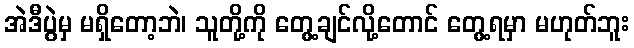
အဲဒီပွဲမှ မရှိတော့ဘဲ၊ သူတို့ကို တွေ့ချင်လို့တောင် တွေ့ရမှာ မဟုတ်ဘူး